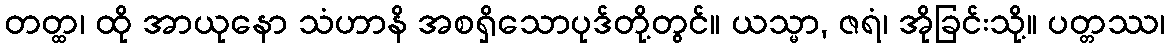
တတ္ထ၊ ထို အာယုနော သံဟာနိ အစရှိသောပုဒ်တို့တွင်။ ယသ္မာ, ဇရံ၊ အိုခြင်းသို့။ ပတ္တဿ၊